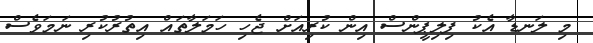
މި ލަނޑާ އެކު ފިލިޕީންސް އިން ކުރިއަށް ޖެހި ހަމަލާތައް އިތުރުކުރި ނަމަވެސް